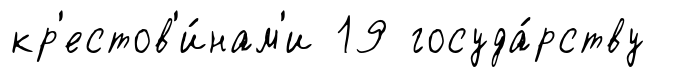
кр'естов'и́нам'и 19 госуда́рству